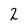
Character: 2